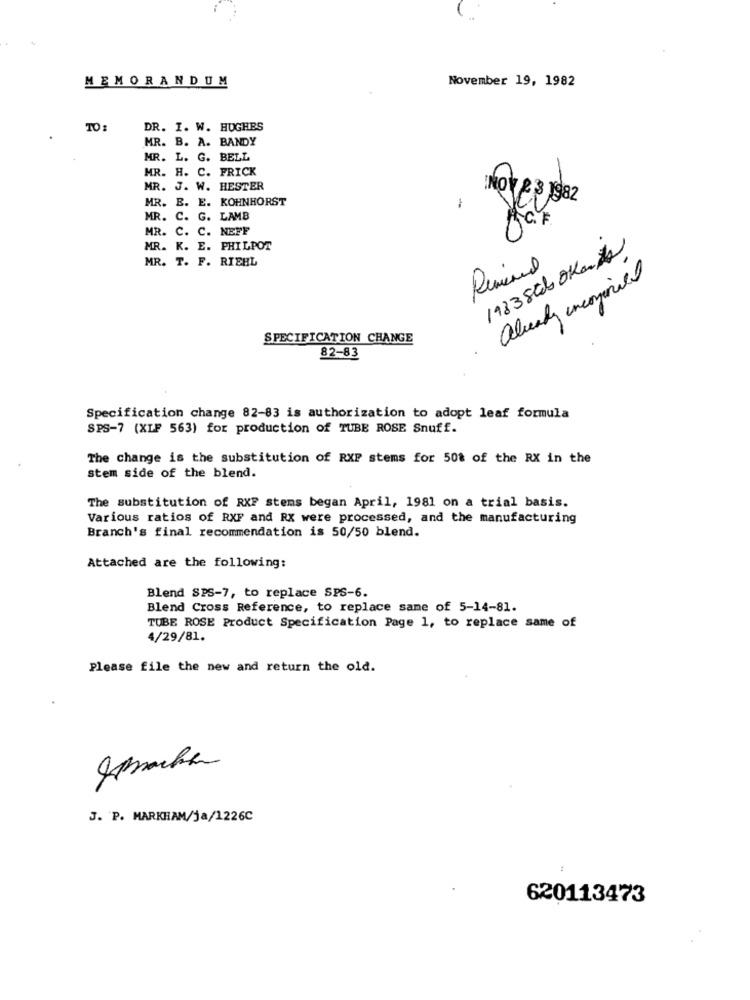
MEMORANDUM
November 19, 1982
DR. I. W. HUGHES
MR. B. A. BANDY
MR. L. G. BELL
MR. H. C. FRICK
MR. J. W. HESTER
MR. E. E. KOHNHORST
NOV 2 3 1982
-
MR. C. G. LAMB
MR. C. C. NEFF
MR. K. E. PHILPOT
1933Scb OKande
MR. T. F. RIEHL
already incominciael
SPECIFICATION CHANGE
82-83
.
Specification change 82-83 is authorization to adopt leaf formula
SPS-7 (XLF 563) for production of TUBE ROSE Snuff.
The change is the substitution of RXP stems for 50% of the RX in the
stem side of the blend.
The substitution of RXP stems began April, 1981 on a trial basis.
Various ratios of RXF and RX were processed, and the manufacturing
Branch's final recommendation is 50/50 blend.
Attached are the following:
Blend SPS-7, to replace SPS-6.
Blend Cross Reference, to replace same of 5-14-81.
TUBE ROSE Product Specification Page 1, to replace same of
4/29/81.
Please file the new and return the old.
J. P. MARKHAM/ja/1226C
620113473